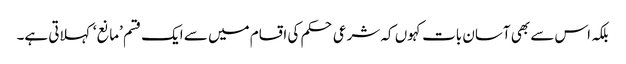
بلکہ اس سے بھی آسان بات کہوں کہ شرعی حکم کی اقسام میں سے ایک قسم ’مانع‘ کہلاتی ہے۔